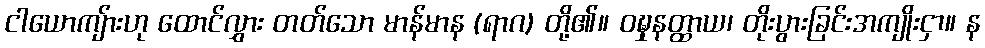
ငါယောကျ်ားဟု ထောင်လွှား တတ်သော မာန်မာန (ရာဂ) တို့၏။ ဝဍ္ဎှနတ္ထာယ၊ တိုးပွားခြင်းအကျိုးငှာ။ န